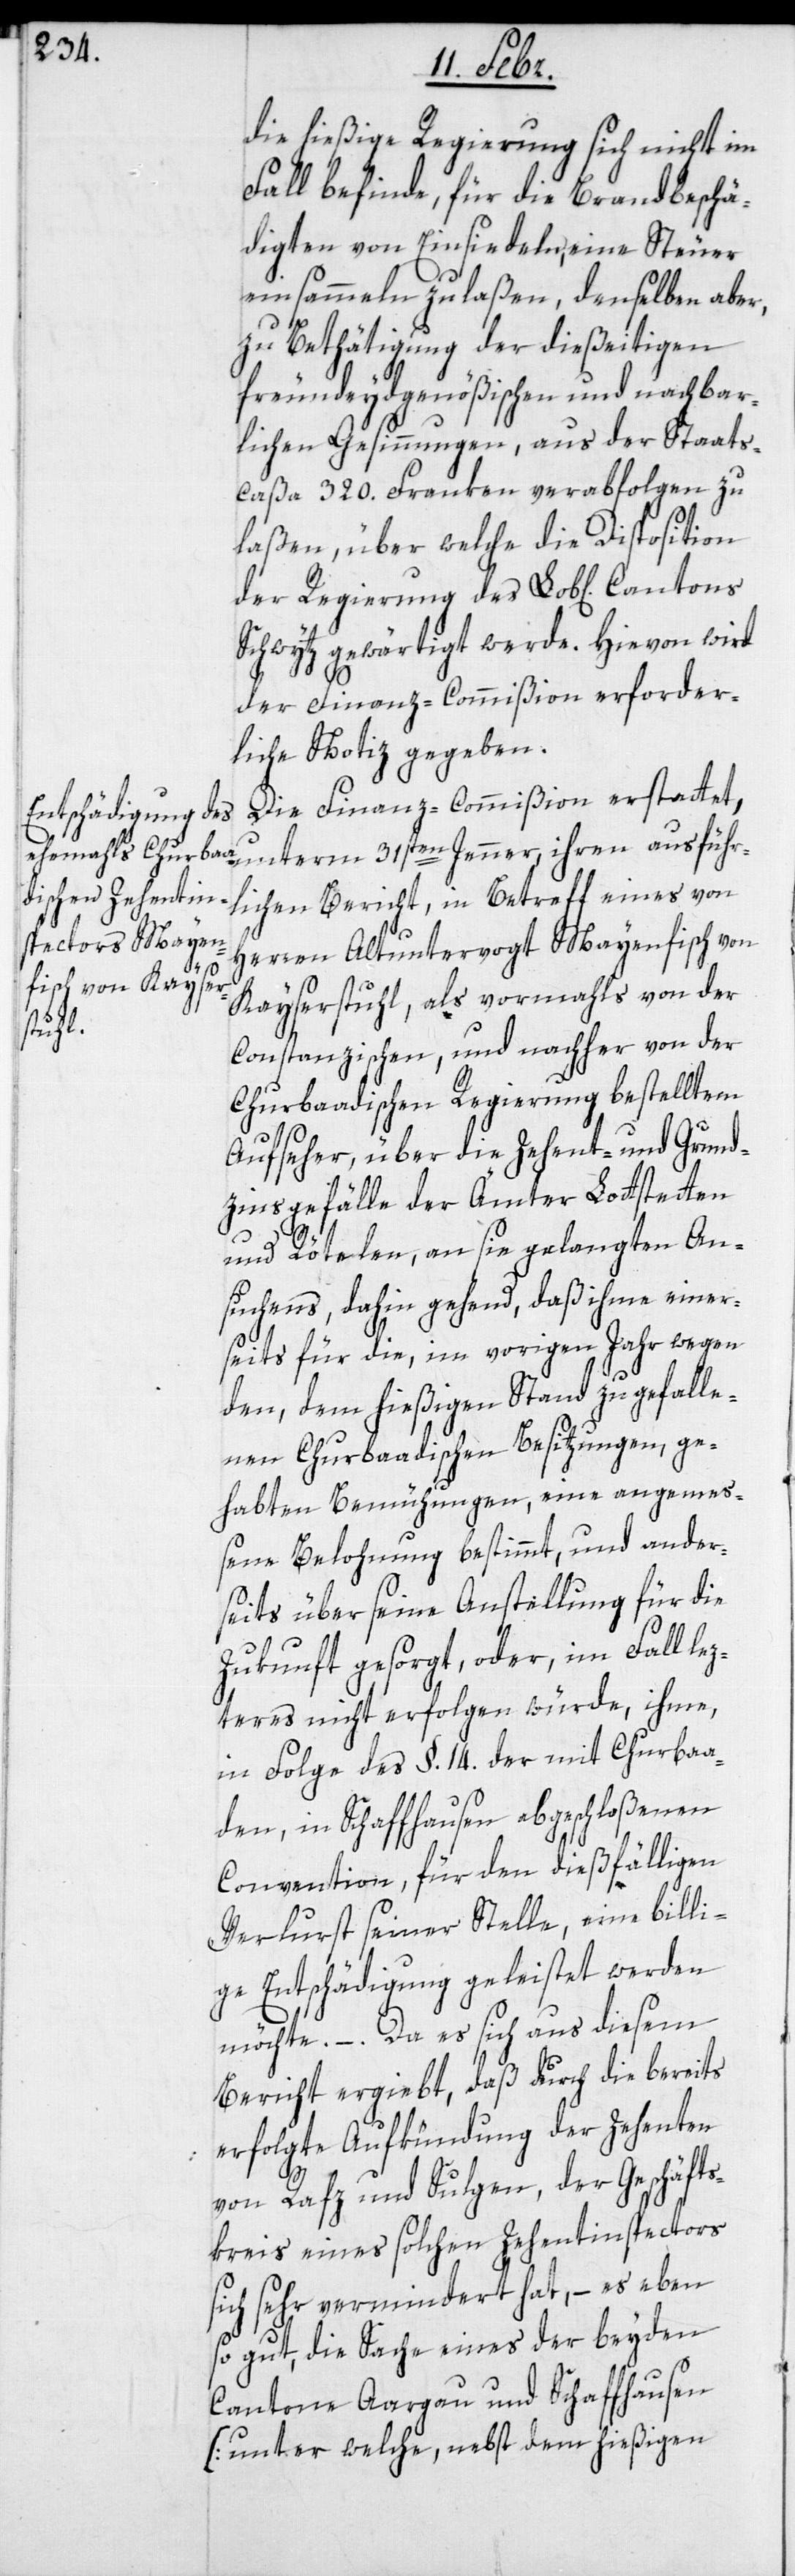
des
Cantons

die hießige Regierung sich nicht im
Fall befinde, für die Brandbeschä¬
digten von Einsiedeln, eine Steuer
einsammeln zu laßen, denselben aber,
zu Bethätigung der dießeitigen
freundeydgenößischen und nachbar¬
lichen Gesinnungen, aus der Staats-C¬
aßa 320. Franken verabfolgen zu
laßen, über welche die Disposition
Schwytz gewärtigt werde. Hievon wird
der Finanz-Commißion erforder¬
liche Notiz gegeben.
Die Finanzcommißion erstattet
unterm 31sten Jenner ihren ausführ¬
lichen Bericht in Betreff eines von
Herren alt Untervogt Mayenfisch von
Kayserstuhl, als vormahls von der
Constanzischen, und nachher von der
Churbaadischen Regierung bestelltem
Aufseher, über die Zehent- und Grund¬
zinsgefälle der Ämter Lottstetten
und Rötelen, an sie gelangten An¬
suchens, dahin gehend, daß ihme einer¬
seits für die, im vorigen Jahr wegen
den, dem hießigen Stand zugefalle¬
nen Churbaadischen Besitzungen, ge¬
habten Bemühungen, eine angemeß¬
ene Belohnung bestimmt, und ander¬
seits über seine Anstellung für die
Zukunft gesorgt, oder im Fall le¬
zteres nicht erfolgen würde, ihme,
in Folge des §. 14. der mit Churbaa¬
den, in Schaffhausen abgeschloßenen
Convention, für den dießfälligen
Verlust seiner Stelle, eine billi¬
ge Entschädigung geleistet werden
möchte. – Da es sich aus diesem
Bericht ergiebt, daß durch die bereits
erfolgte Aufkündung der Zehenten
von Rafz und Sulgen, der Geschäfts¬
kreis eines solchen Zehentinspectors
sich sehr vermindert hat, – es eben
so gut, die Sache eines der beyden
Cantone Aargau und Schaffhausen
(unter welche, nebst dem hießigen